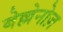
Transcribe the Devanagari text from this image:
बेल्लेनोज़